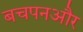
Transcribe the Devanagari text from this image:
बचपनऔर